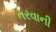
તરવાની